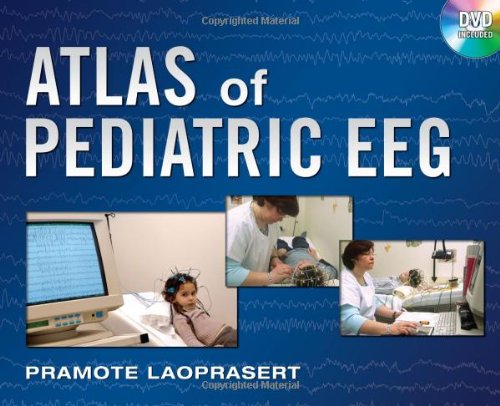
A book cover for Atlas of Pediatric EEG (Atlas Series); Pramote Laoprasert; Health, Fitness & Dieting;